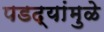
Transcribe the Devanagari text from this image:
पडद्यांमुळे